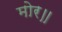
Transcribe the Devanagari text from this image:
मोर॥